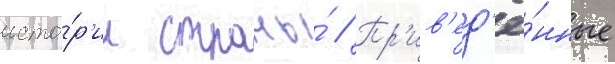
исто́р'ии страны́ // Пр'ив'ед'ё́нные